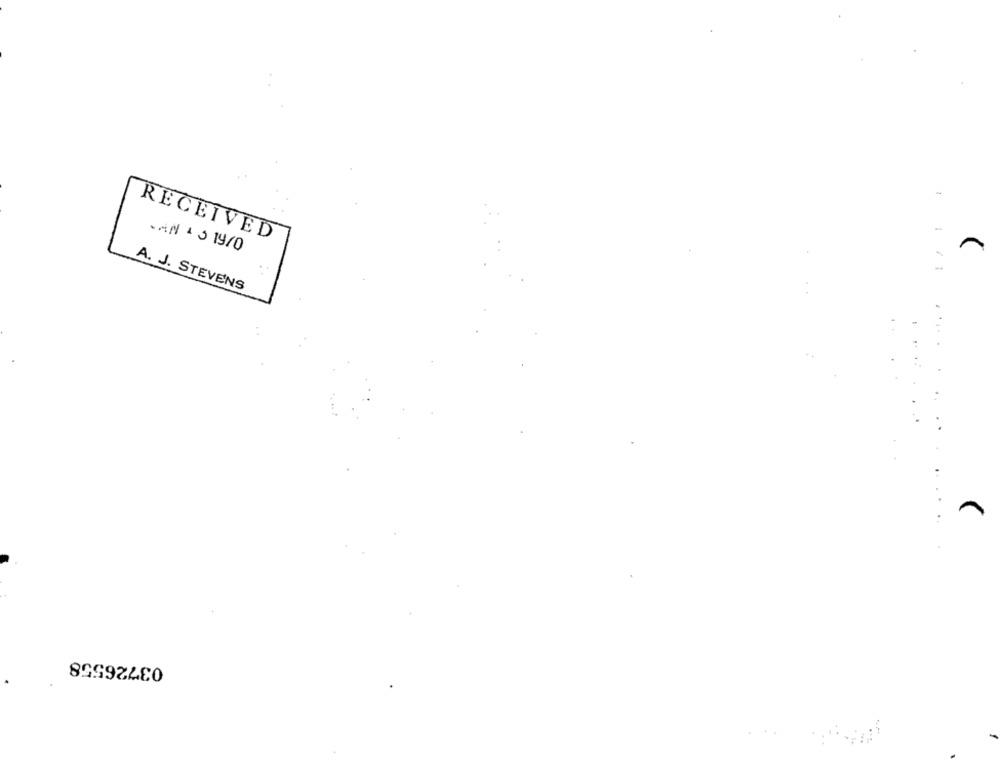
-
RECEIVED
-AN 4 3 19/0
A. J. STEVENS
03726558